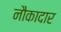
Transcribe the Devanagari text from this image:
नौकादार